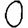
Digit: 0